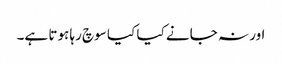
اور نہ جانے کیا کیا سوچ رہا ہوتا ہے۔